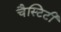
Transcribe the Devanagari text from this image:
चैस्टिटी